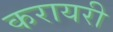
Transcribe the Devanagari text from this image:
करायरी